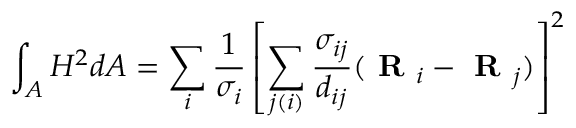
\int _ { A } H ^ { 2 } d A = \sum _ { i } \frac { 1 } { \sigma _ { i } } \left[ \sum _ { j ( i ) } \frac { \sigma _ { i j } } { d _ { i j } } ( \textbf { R } _ { i } - \textbf { R } _ { j } ) \right] ^ { 2 }